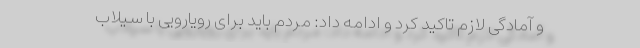
و آمادگی لازم تاکید کرد و ادامه داد: مردم باید برای رویارویی با سیلاب